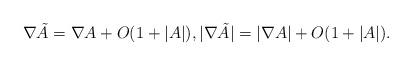
LaTeX: \begin{align*}\nabla \tilde{A} = \nabla A+ O(1+|A|), |\nabla \tilde{A}| = |\nabla A|+O(1+|A|).\end{align*}